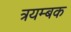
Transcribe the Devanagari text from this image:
त्रयम्बक